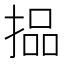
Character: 𪮐